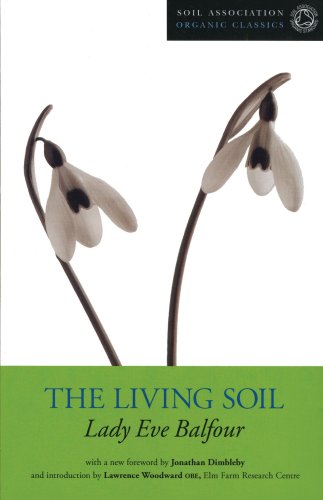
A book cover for The Living Soil (Soil Association Organic Classics); Lady Eve Balfour; Science & Math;